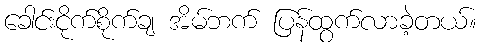
ခေါင်းငိုက်စိုက်ချ အိမ်ဘက် ပြန်ထွက်လာခဲ့တယ်။